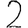
Digit: 2